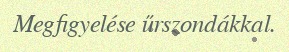
Megfigyelése űrszondákkal.